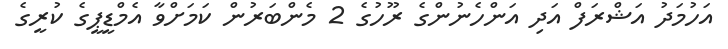
އަހުމަދު އަޝްރަފް އަދި އަންހެނުންގެ ރޫހުގެ 2 މެންބަރުން ކަމަށްވާ އެމްޑީޕީގެ ކުރީގެ